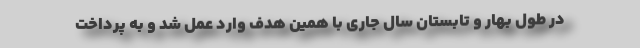
در طول بهار و تابستان سال جاری با همین هدف وارد عمل شد و به پرداخت